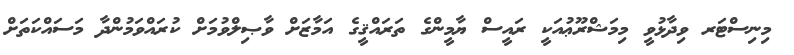
މިނިސްޓަރ ވިދާޅުވީ މިމަޝްރޫޢުއަކީ ރައީސް ޔާމީންގެ ތަރައްޤީގެ އަމާޒަށް ވާޞިލްވުމަށް ކުރައްވަމުންދާ މަސައްކަތަށް